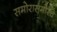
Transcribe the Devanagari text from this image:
समोरासमोरचे